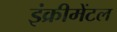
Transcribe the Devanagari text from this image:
इंक्रीमेंटल